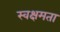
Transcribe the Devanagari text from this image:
स्वक्षमता